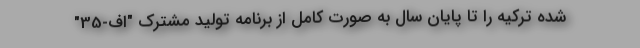
شده ترکیه را تا پایان سال به صورت کامل از برنامه تولید مشترک "اف-35"